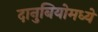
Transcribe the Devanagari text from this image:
दानुबियोमध्ये